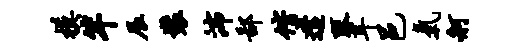
模竿辰装沛鄙偕遣琴耳邑气舸